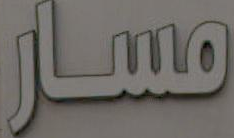
مسار